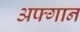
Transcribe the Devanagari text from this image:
अफ्गान